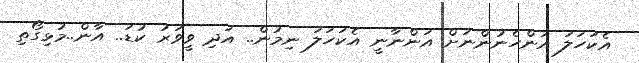
އެކަހަލަ އަންހެނުންނަށް އަންނާނީ އެކަހަލަ ނިމުން.. އަދި ވީވަރު ކުޑަ.. އާން..މުޅިގޯތި